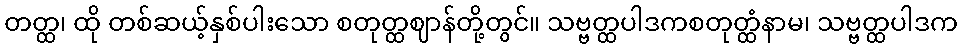
တတ္ထ၊ ထို တစ်ဆယ့်နှစ်ပါးသော စတုတ္ထဈာန်တို့တွင်။ သဗ္ဗတ္ထပါဒကစတုတ္ထံနာမ၊ သဗ္ဗတ္ထပါဒက